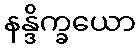
နန္ဒိက္ခယော